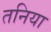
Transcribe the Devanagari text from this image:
तनिया